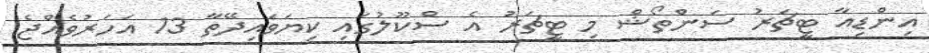
އިންޑިއާ ޓީޗަރު ސަންތޯޝް މި ޓީޗަރު އެ ސްކޫލުގައި ކިޔަވައިދޭތާ 13 އަހަަރުވެއްޖެ